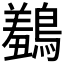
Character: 𪅠